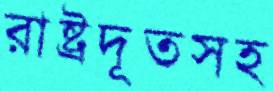
রাষ্ট্রদূতসহ